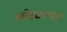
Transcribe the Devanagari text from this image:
कोसळल्याचे